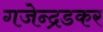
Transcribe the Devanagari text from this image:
गजेन्द्रडकर